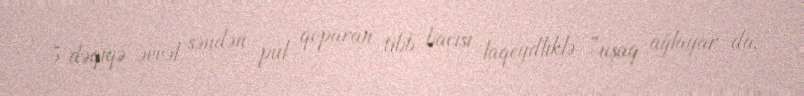
5 dəqiqə əvvəl səndən pul qoparan tibb bacısı laqeydliklə ”uşaq ağlayar da,